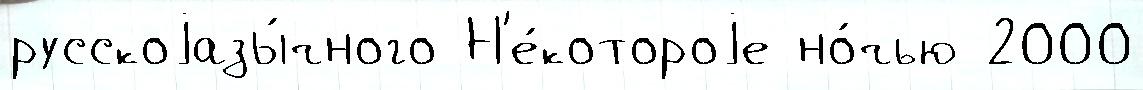
русскоjазы́чного Н'е́котороjе но́чью 2000